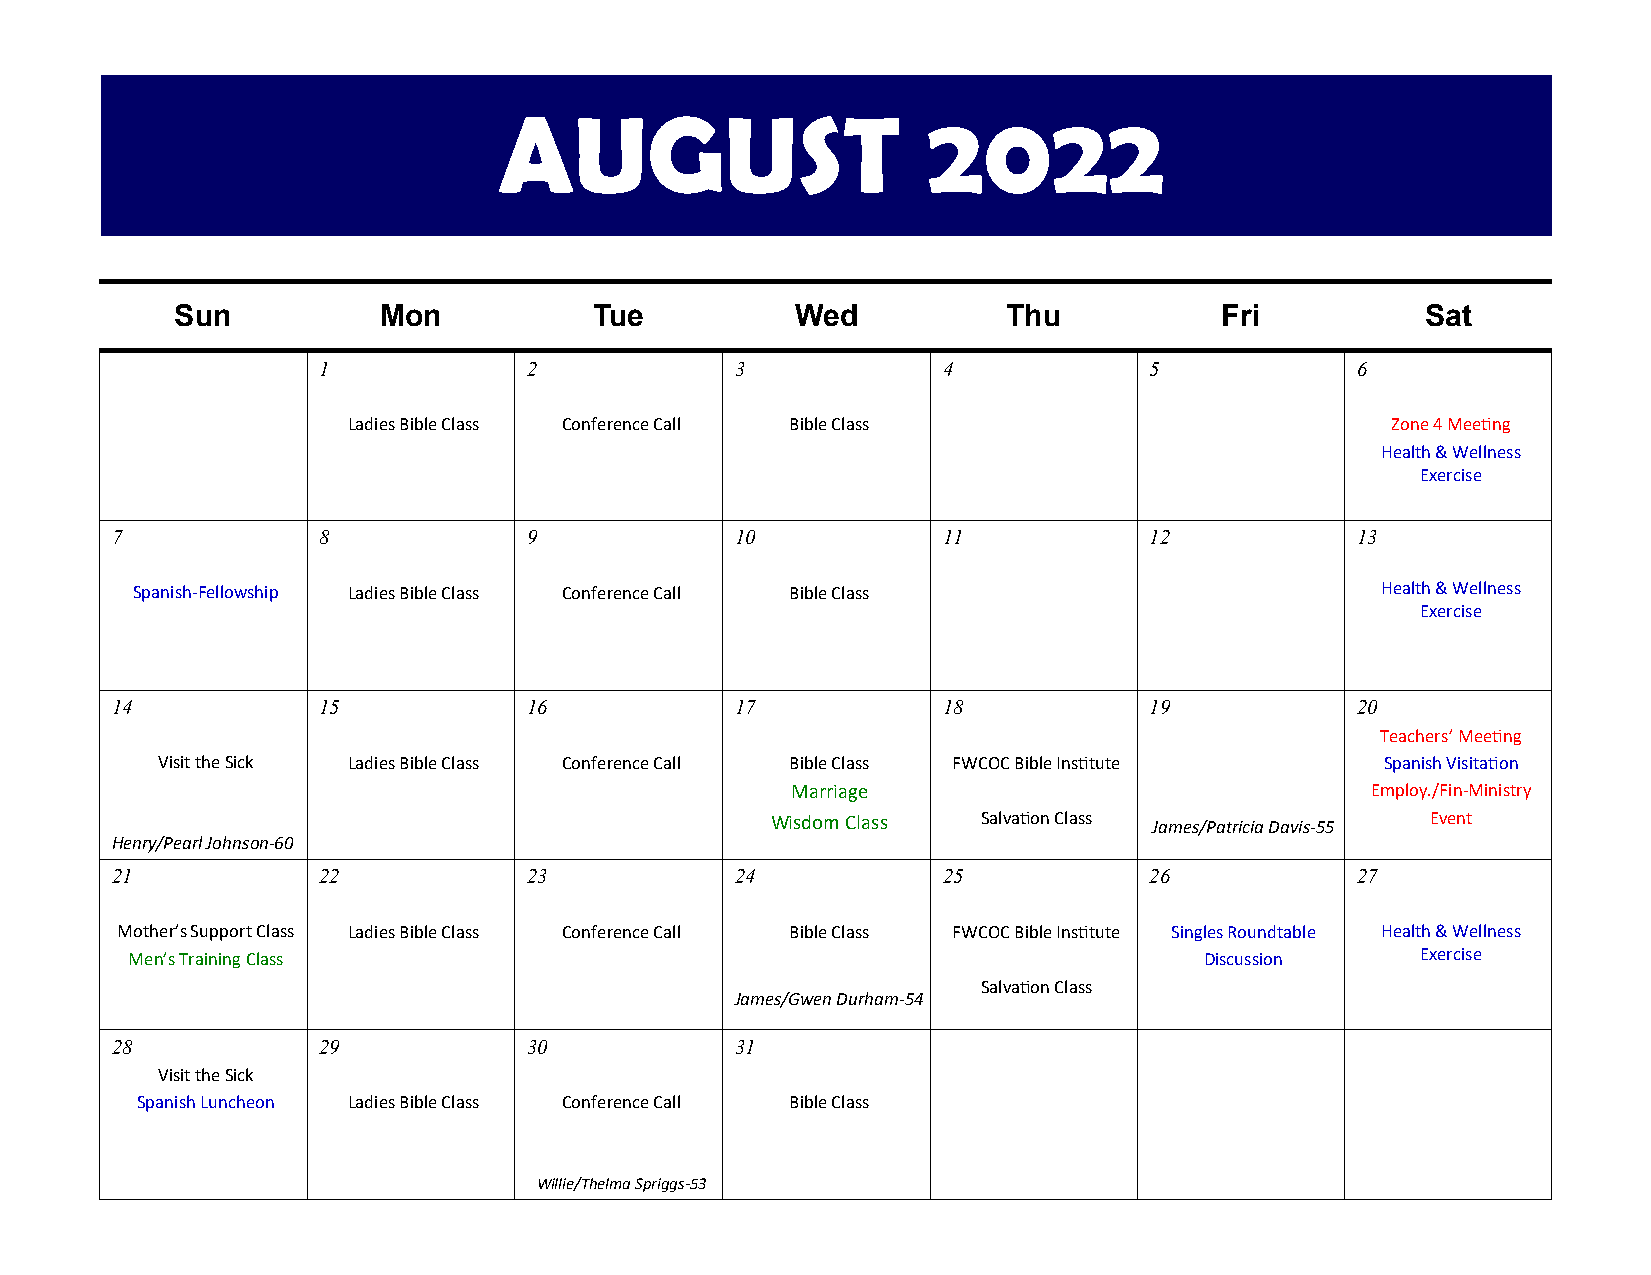
AUGUST                      2022
 Sun          Mon           Tue           Wed           Thu           Fri          Sat
 1             2             3            4             5             6
 Ladies Bible Class Conference Call Bible Class                       Zone 4 Meeting
 Health & Wellness
 Exercise
 7             8             9             10           11            12            13
 Spanish-Fellowship Ladies Bible Class Conference Call Bible Class                 Health & Wellness
 Exercise
 14            15            16            17           18            19            20
 Teachers’ Meeting
 Visit the Sick Ladies Bible Class Conference Call Bible Class FWCOC Bible Institute Spanish Visitation
 Marriage                               Employ./Fin-Ministry
 Wisdom Class  Salvation Class James/Patricia Davis-55 Event
 Henry/Pearl Johnson-60
 21            22            23            24           25            26            27
 Mother’s Support Class Ladies Bible Class Conference Call Bible Class FWCOC Bible Institute Singles Roundtable Health & Wellness
 Men’s Training Class                                                    Discussion    Exercise
 Salvation Class
 James/Gwen Durham-54
 28            29            30            31
 Visit the Sick
 Spanish Luncheon Ladies Bible Class Conference Call Bible Class
 Willie/Thelma Spriggs-53